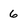
Character: 6